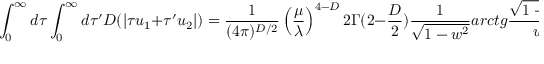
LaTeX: \int _ { 0 } ^ { \infty } d \tau \int _ { 0 } ^ { \infty } d \tau ^ { \prime } D ( | \tau u _ { 1 } + \tau ^ { \prime } u _ { 2 } | ) = \frac { 1 } { ( 4 \pi ) ^ { D / 2 } } \left( \frac { \mu } { \lambda } \right) ^ { 4 - D } 2 \Gamma ( 2 - \frac { D } { 2 } ) \frac { 1 } { \sqrt { 1 - w ^ { 2 } } } a r c t g \frac { \sqrt { 1 - w ^ { 2 } } } { w } ,